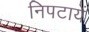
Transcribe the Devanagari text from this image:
निपटायें